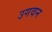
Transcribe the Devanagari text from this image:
उगवन